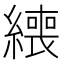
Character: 𦅇